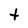
Character: t